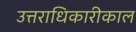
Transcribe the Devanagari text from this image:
उत्तराधिकारीकाल